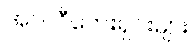
အပလီကေးရှင်းများ